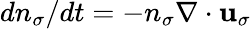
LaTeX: dn_{\sigma}/dt=-n_{\sigma}\nabla\cdot{\mathbf u}_{\sigma}